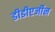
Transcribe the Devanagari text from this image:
डीडीएर्जीन